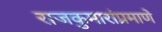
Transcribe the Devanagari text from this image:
राजकुमारांप्रमाणे